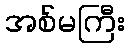
အစ်မကြီး